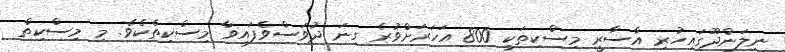
ނިލަންދޫގައިހުރި އާސާރީ މިސްކިތަކީ 800 އަހަރަށްވުރެ ގިނަ ދުވަސްވެފައިވާ މިސްކިތެކެވެ. މި މިސްކިތް